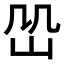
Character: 𡵹